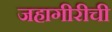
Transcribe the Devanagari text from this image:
जहागीरीची